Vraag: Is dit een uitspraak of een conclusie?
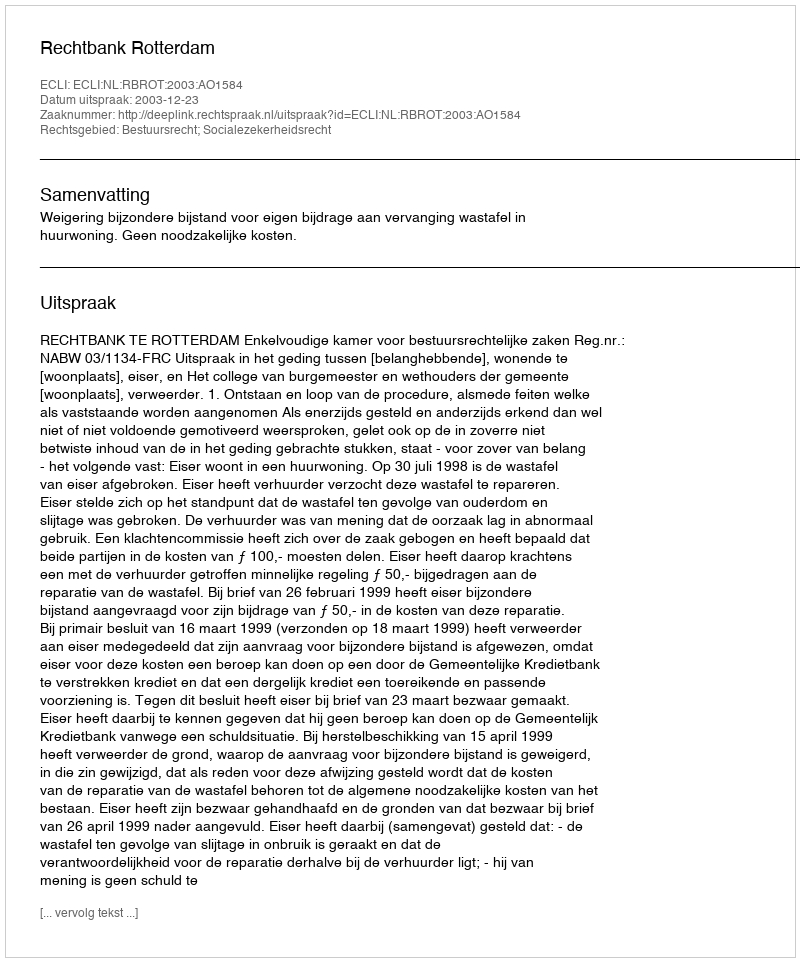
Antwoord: Uitspraak